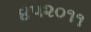
૪૫૨૦૧૧